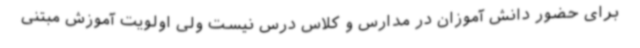
برای حضور دانش آموزان در مدارس و کلاس درس نیست ولی اولویت آموزش مبتنی